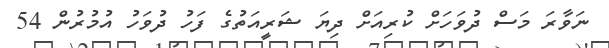
ނަވާރަ މަސް ދުވަހަށް ކުރިއަށް ދިޔަ ޝަރީއަތުގެ ފަހު ދުވަހު އުމުރުން 54